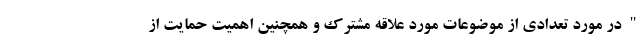
"در مورد تعدادی از موضوعات مورد علاقه مشترک و همچنین اهمیت حمایت از